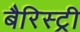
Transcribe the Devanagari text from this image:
बैरिस्ट्री